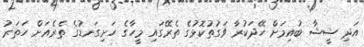
އަދި ޝީޝާ ބުއިމަށް ހޭދަކުރާ ވަގުތުކޮޅުގެ ތެރޭގައި މީހާގެ ހަށިގަނޑުގެ ތެރެއަށް ހަތަރު